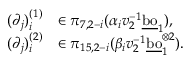
\begin{array} { r l } { ( \partial _ { j } ) _ { i } ^ { ( 1 ) } } & { \in \pi _ { 7 , 2 - i } ( \alpha _ { i } v _ { 2 } ^ { - 1 } \underline { { \mathrm { b o } } } _ { 1 } ) , } \\ { ( \partial _ { j } ) _ { i } ^ { ( 2 ) } } & { \in \pi _ { 1 5 , 2 - i } ( \beta _ { i } v _ { 2 } ^ { - 1 } \underline { { \mathrm { b o } } } _ { 1 } ^ { \otimes { 2 } } ) . } \end{array}